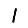
Digit: 1